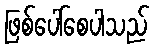
ဖြစ်ပေါ်စေပါသည်